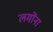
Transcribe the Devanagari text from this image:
लमोंना